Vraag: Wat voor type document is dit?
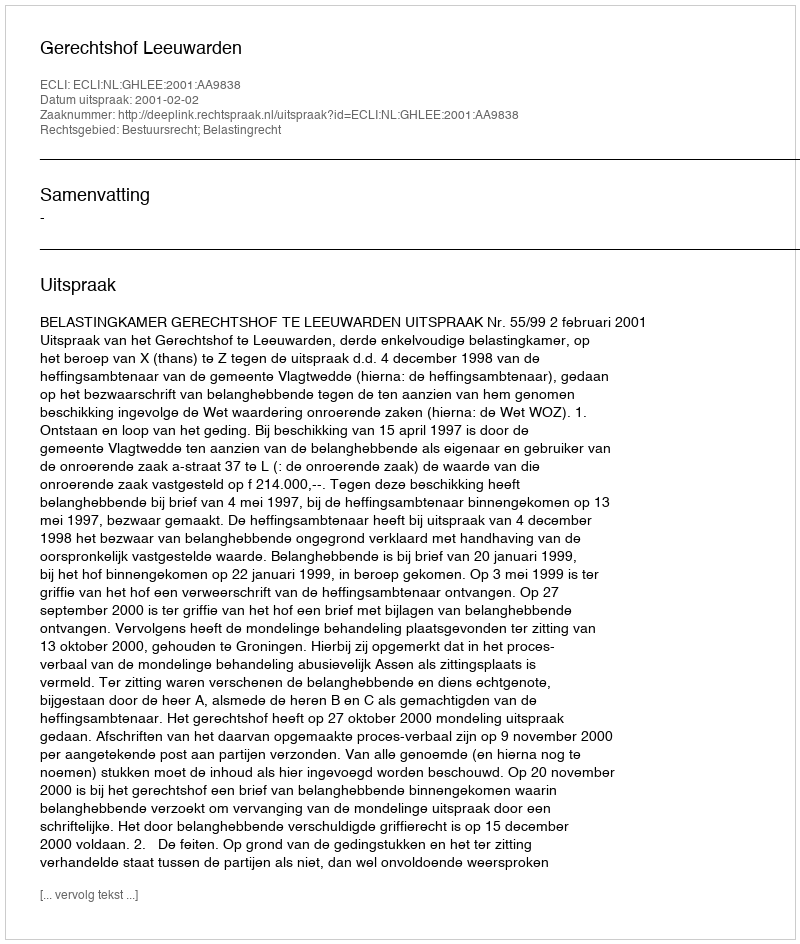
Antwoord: Uitspraak